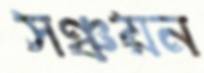
সঞ্চয়ন